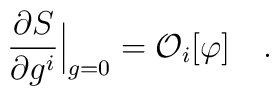
{\partial S\over\partial g^i}\Big|_{g=0}= {\cal O}_i[\varphi]\quad.